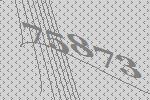
75873